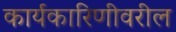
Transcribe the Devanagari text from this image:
कार्यकारिणीवरील